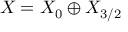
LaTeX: { \cal X } = { \cal X } _ { 0 } \oplus { \cal X } _ { 3 / 2 }